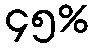
၄၅%